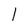
Character: l